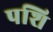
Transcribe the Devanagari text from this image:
पशि